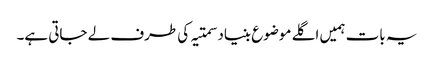
یہ بات ہمیں اگلے موضوع بنیاد سمتیہ کی طرف لے جاتی ہے۔